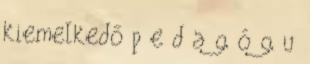
kiemelkedő p e d a g ó g u